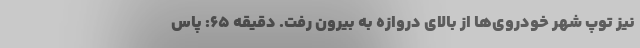
نیز توپ شهر خودروی‌ها از بالای دروازه به بیرون رفت. دقیقه 65: پاس